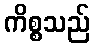
ကိစ္စသည်